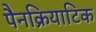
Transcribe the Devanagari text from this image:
पैनक्रियाटिक